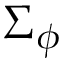
\Sigma _ { \phi }